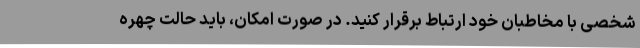
شخصی با مخاطبان خود ارتباط برقرار کنید. در صورت امکان، باید حالت چهره